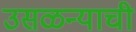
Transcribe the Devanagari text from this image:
उसळन्याची